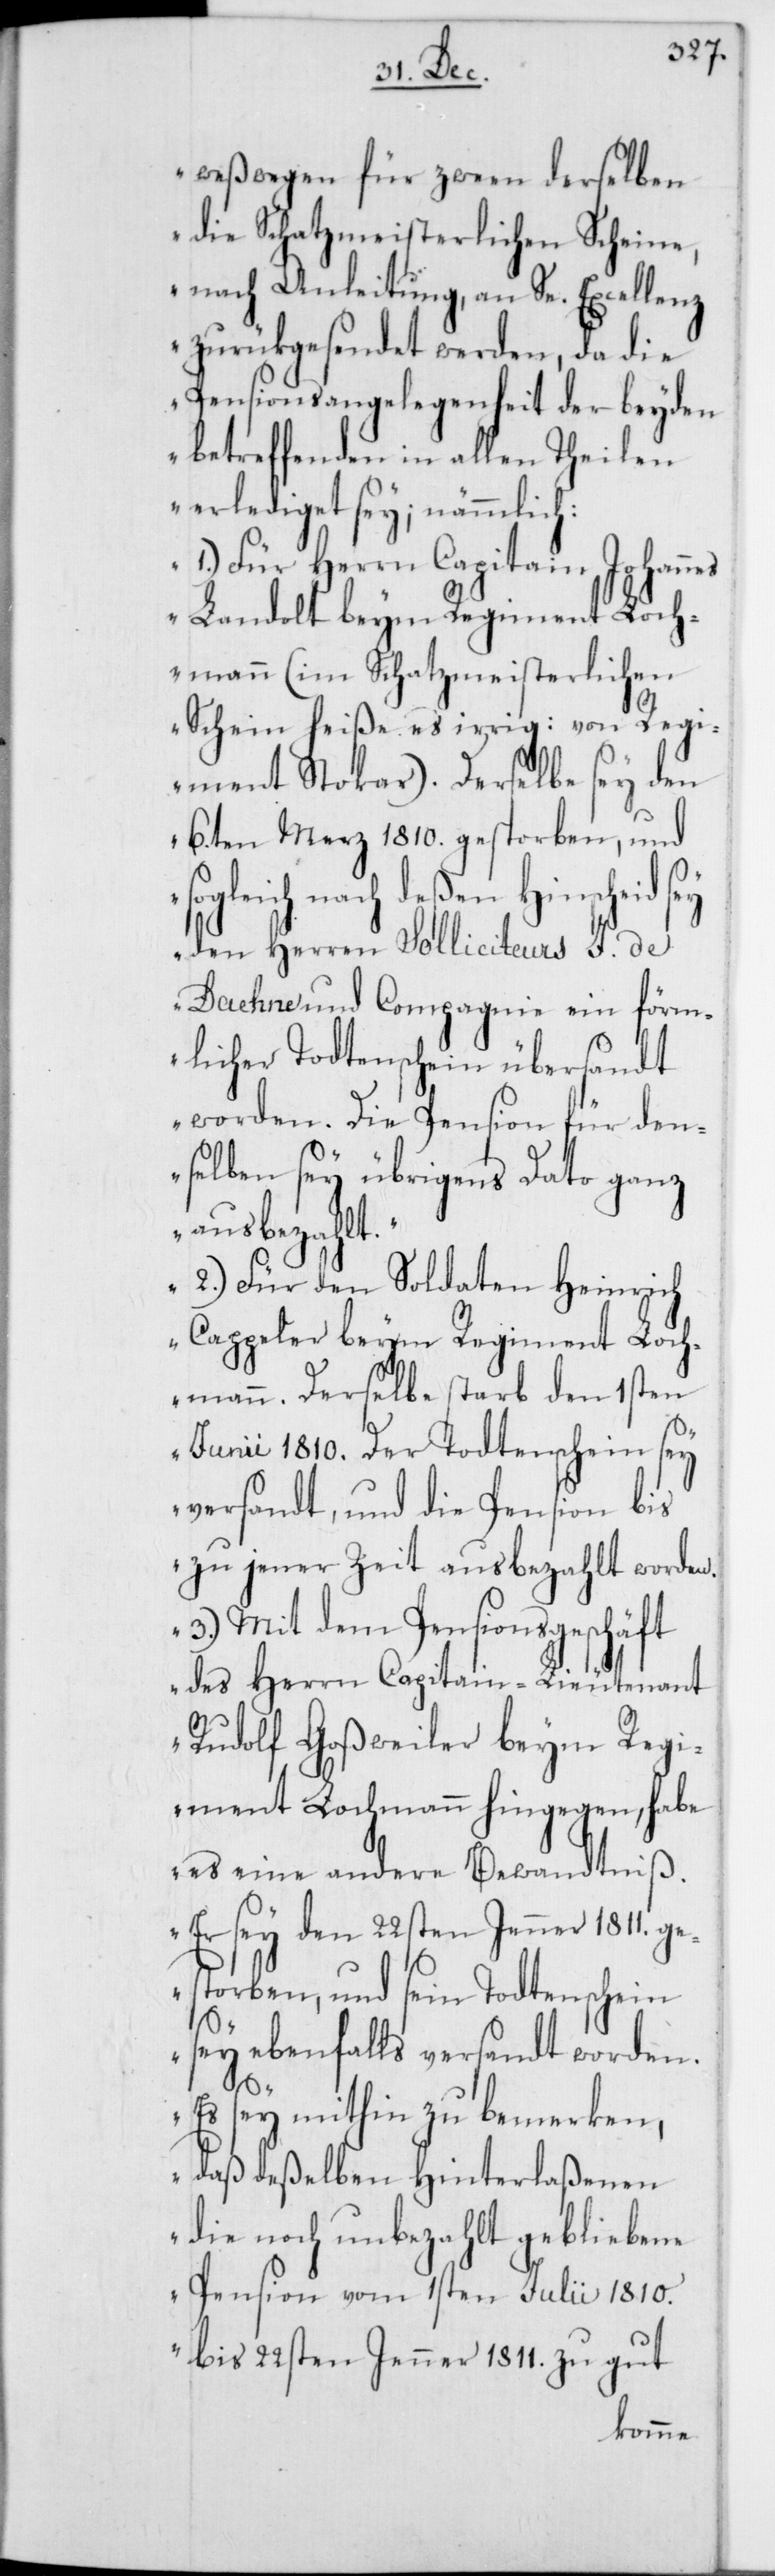
weßwegen für zween derselben
die Schatzmeisterlichen Scheine,
nach Anleitung, an Se. Excellenz
zurükgesendet werden, da die
Pensionsangelegenheit der beyden
betreffenden in allen Theilen
erlediget sey, nämmlich:
1.) Für Herrn Capitain Johannes
Landolt beym Regiment Loch¬
mann (im Schatzmeisterlichen
Schein heiße es irrig: von Regi¬
ment Stokar). Derselbe sey den
6.ten Merz 1810. gestorben, und
ßen Hinscheid sey
den Herren Solliciteurs J. de
Daehne und Compagnie ein förm¬
licher Todtenschein übersandt
worden. Die Pension für den¬
selben sey übrigens Dato ganz
ausbezahlt.
2.) Für den Soldaten Heinrich
Cappeler beym Regiment Loch¬
mann. Derselbe starb den 1sten
Junii 1810. Der Todtenschein sey
versandt, und die Pension bis
zu jener Zeit ausbezahlt worden.
3.) Mit dem Pensionsgeschäft
des Herrn Capitain-Lieutenant
Rudolf Goßweiler beym Regi¬
ment Lochmann hingegen, habe
es eine andere Bewandtniß.
Er sey den 22sten Jenner 1811. g¬
estorben, und sein Todtenschein
sey ebenfalls versandt worden.
Es sey mithin zu bemerken,
daß deßelben Hinterlaßenen
die noch unbezahlt gebliebene
Pension vom 1sten Julii 1810.
bis 22sten Jenner 1811. zu gut